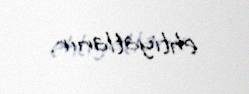
ehtiyatlanır.